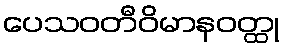
ပေသဝတီဝိမာနဝတ္ထု